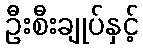
ဦးစီးချုပ်နှင့်